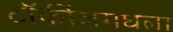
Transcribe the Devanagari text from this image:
टॉकींजमधला